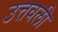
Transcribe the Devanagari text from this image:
उत्तवली